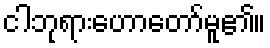
ငါဘုရားဟောတော်မူ၏။